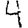
Digit: 4